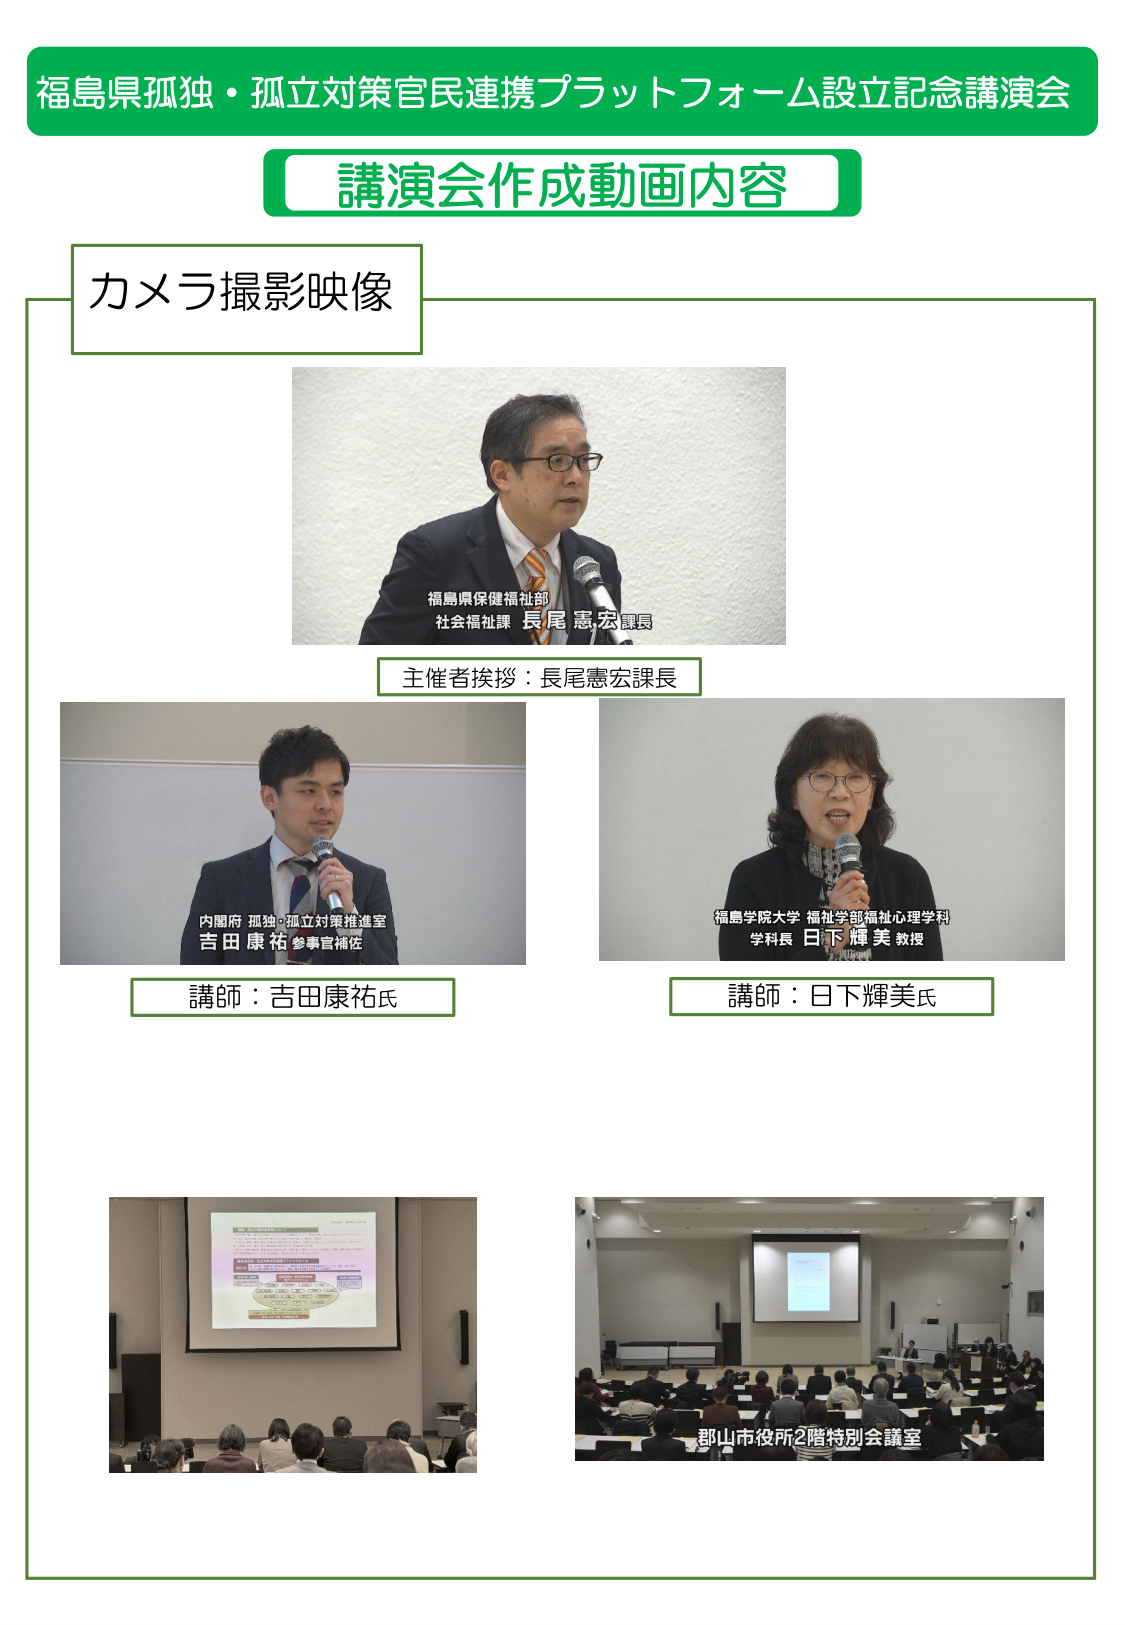
福島県孤独・孤立対策官民連携プラットフォーム設立記念講演会
講演会作成動画内容
カメラ撮影映像
福島県保健福祉部
社会福祉課 長尾 憲宏 課長
主催者挨拶：長尾憲宏課長
内閣府 孤独・孤立対策推進室
吉田 康祐 参事官補佐
講師：吉田康祐氏
福島学院大学 福祉学部福祉心理学科
学科長 日下 輝美 教授
講師：日下輝美氏
郡山市役所2階特別会議室